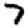
Digit: 7